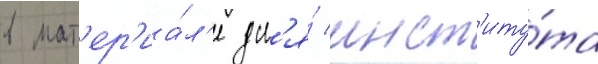
в мат'ер'иа́л'е дл'я́ инст'иту́та